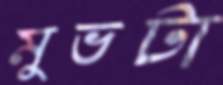
মুভটা